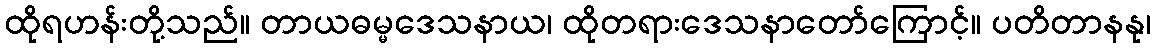
ထိုရဟန်းတို့သည်။ တာယဓမ္မဒေသနာယ၊ ထိုတရားဒေသနာတော်ကြောင့်။ ပတိတာနနု၊